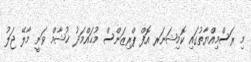
މި ރަސްމިއްޔާތުގައި ކޮމިޝަނަރ އޮފް ޕްރިޒަންސް މުޙައްމަދު ޚުޝާމް ވަނީ މާލޭ ޖަލު